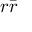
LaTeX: r { \bar { r } }